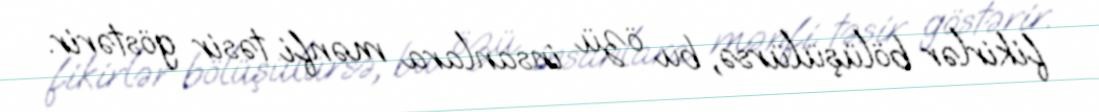
fikirlər bölüşülürsə, bu özü insanlara mənfi təsir göstərir.